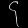
Digit: ၄